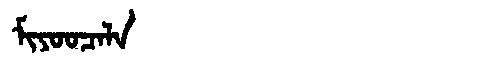
Manchu: ᠮᡳᠶᠣᠣᠴᠠᠯᠠ
Romanization: MIYOOCALA